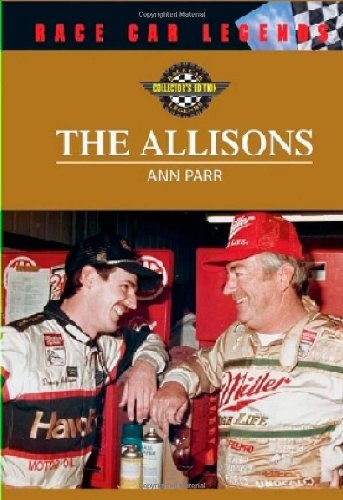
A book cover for The Allisons (Race Car Legends); Ann Parr; Teen & Young Adult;